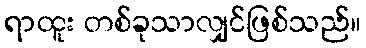
ရာထူး တစ်ခုသာလျှင်ဖြစ်သည်။